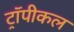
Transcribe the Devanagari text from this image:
ट्रॉपीकल